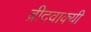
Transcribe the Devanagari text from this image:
ब्रीदवाक्यी